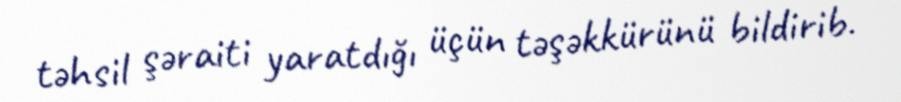
təhsil şəraiti yaratdığı üçün təşəkkürünü bildirib.